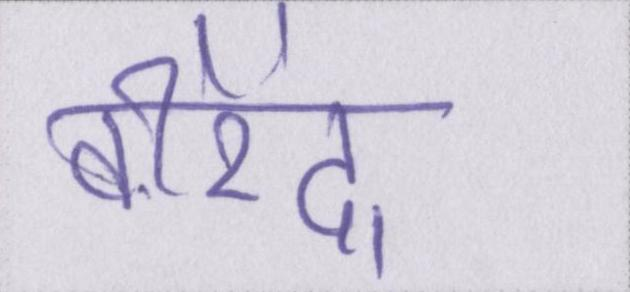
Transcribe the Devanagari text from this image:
वीरेंद्र